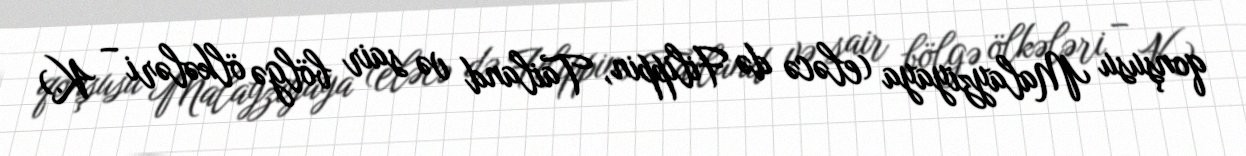
qonşusu Malayziyaya (eləcə də Filippin, Tailand və sair bölgə ölkələri – K.)